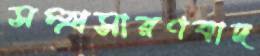
সম্প্রসারণবাদ